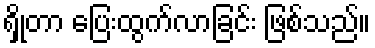
ရှိုတာ ပြေးထွက်လာခြင်း ဖြစ်သည်။